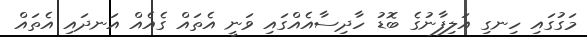
މަގުގައި ހިނގި އަލިފާނުގެ ބޮޑު ހާދިސާއެއްގައި ވަނީ އެތައް ގެއެއް އަނދައި އެތައް